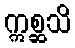
ဣစ္ဆသိ